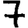
Digit: 7